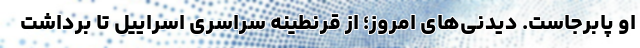
او پابرجاست. دیدنی‌های امروز؛ از قرنطینه سراسری اسراییل تا برداشت